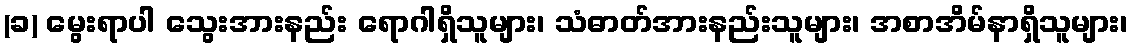
(ခ) မွေးရာပါ သွေးအားနည်း ရောဂါရှိသူများ၊ သံဓာတ်အားနည်းသူများ၊ အစာအိမ်နာရှိသူများ၊